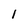
Character: 1